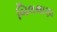
બિલથાણા